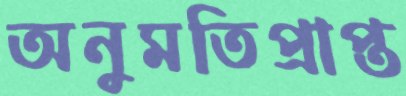
অনুমতিপ্রাপ্ত